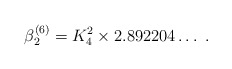
\begin{align*}\beta_2^{(6)} = K_4^2 \times 2.892204 \ldots \; . \end{align*}